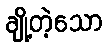
ချို့တဲ့သော